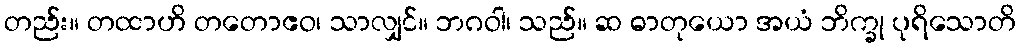
တည်း။ တထာဟိ တတောဧဝ၊ သာလျှင်။ ဘဂဝါ၊ သည်။ ဆ ဓာတုယော အယံ ဘိက္ခု ပုရိသောတိ